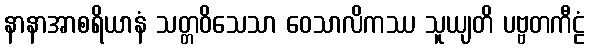
နာနာအာစရိယာနံ သတ္တဝိသေသာ ဝေသာလိကဿ သူယျတိ ပဗ္ဗတကီဠံ